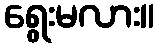
ရွေးမလား။